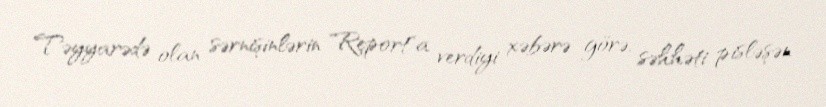
Təyyarədə olan sərnişinlərin "Report"a verdiyi xəbərə görə, səhhəti pisləşən